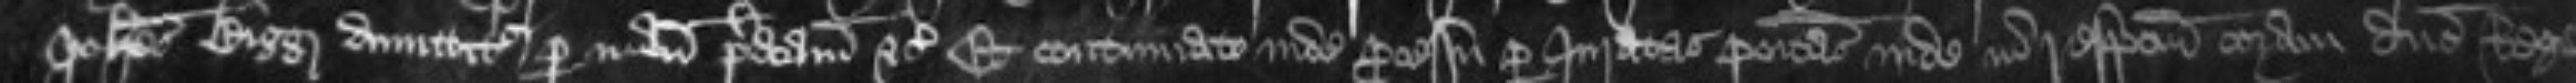
Johannes Bigg dimittitur per manum predictam etc Et continuato inde processu per Juratas positas inde in respectum coram domino Rege